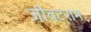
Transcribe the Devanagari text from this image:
जीवटराम